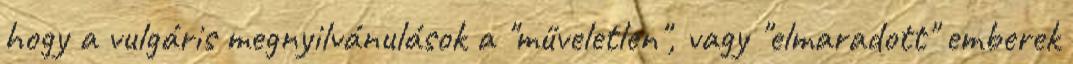
hogy a vulgáris megnyilvánulások a "műveletlen", vagy "elmaradott" emberek